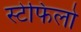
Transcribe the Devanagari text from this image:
स्टेफिलो